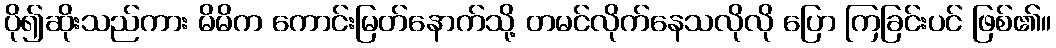
ပို၍ဆိုးသည်ကား မိမိက ကောင်းမြတ်နောက်သို့ တမင်လိုက်နေသလိုလို ပြော ကြခြင်းပင် ဖြစ်၏။